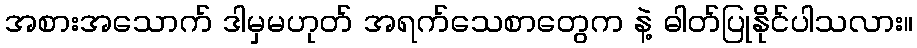
အစားအသောက် ဒါမှမဟုတ် အရက်သေစာတွေက နဲ့ ဓါတ်ပြုနိုင်ပါသလား။